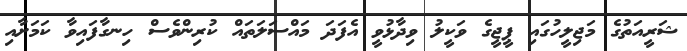
ޝަރީއަތުގެ މަޖިލީހުގައި ޕީޖީގެ ވަކީލު ވިދާޅުވީ އެފަދަ މައްސަލަތައް ކުރިންވެސް ހިނގާފައިވާ ކަމަށާއި